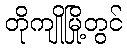
တိုကျိုမြို့တွင်